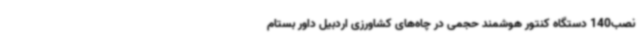
نصب140 دستگاه کنتور هوشمند حجمی در چاه‌های کشاورزی اردبیل داور بستام